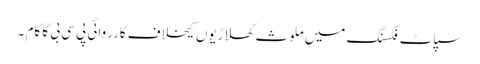
سپاٹ فکسنگ میں ملوث کھلاڑیوں کیخلاف کارروائی پی سی بی کا کام ۔